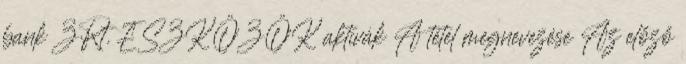
bank ZRt. ESZKÖZÖK aktívák A tétel megnevezése Az előző